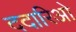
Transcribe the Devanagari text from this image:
ददारिओ